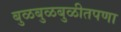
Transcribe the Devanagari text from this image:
बुळबुळबुळीतपणा